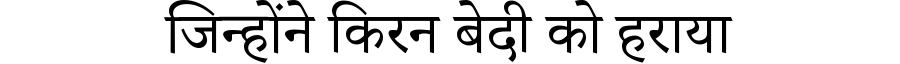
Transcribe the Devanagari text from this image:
जिन्होंने किरन बेदी को हराया